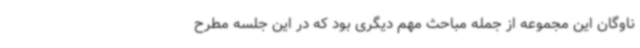
ناوگان این مجموعه از جمله مباحث مهم دیگری بود که در این جلسه مطرح